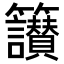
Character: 𥸝